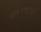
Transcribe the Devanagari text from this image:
पतनकारी